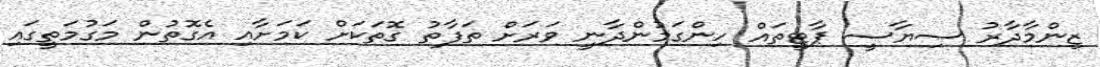
ޒިންމާދާރު ސިޔާސީ ޕާޓީތައް ހިންގަމުންދާނީ ވަރަށް ތަފާތު ގޮތަކަށް ކަމަށާއި އެގޮތުން މަގުމަތީގައި